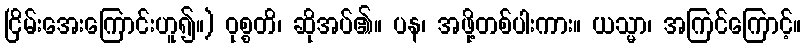
ငြိမ်းအေးကြောင်းဟူ၍။) ဝုစ္စတိ၊ ဆိုအပ်၏။ ပန၊ အဖို့တစ်ပါးကား။ ယသ္မာ၊ အကြင်ကြောင့်။